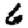
Digit: 6